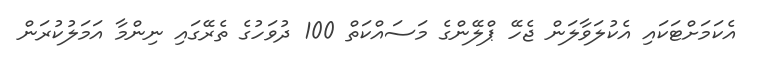
އެކަމަށްޓަކައި އެކުލަވާލަން ޖެހޭ ޕްލޭންގެ މަސައްކަތް 100 ދުވަހުގެ ތެރޭގައި ނިންމާ އަމަލުކުރަން